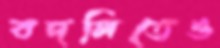
বদলিতেও